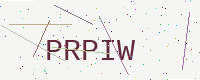
Text: PRPIW